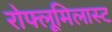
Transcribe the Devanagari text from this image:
रोफ्लूमिलास्ट